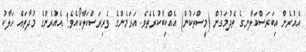
އެއުރެން އިބަރަސްކަލާނގެ ތެދުމަގުން (މީސްތަކުން) އެއްކިބާކުރެތެވެ. އަޅަމެންގެ ވެރިރަސްކަލާކޯއެވެ! އެއުރެންގެ މުދާތައް ހަލާކު